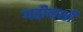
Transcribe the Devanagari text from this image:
गद्दीनशीं